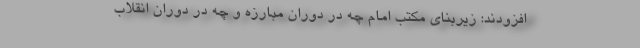
افزودند: زیربنای مکتب امام چه در دوران مبارزه و چه در دوران انقلاب